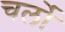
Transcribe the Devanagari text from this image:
चर्लो